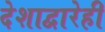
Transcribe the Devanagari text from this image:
देशाद्वारेही